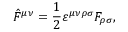
\hat { F } ^ { \mu \nu } = \frac { 1 } { 2 } \varepsilon ^ { \mu \nu \rho \sigma } F _ { \rho \sigma } ,